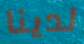
لدينا